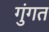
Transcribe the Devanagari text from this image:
गुंगत